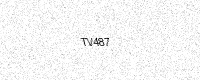
Text: TV487